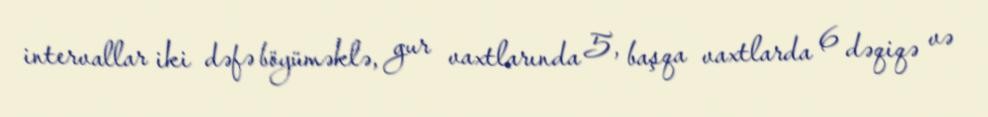
intervallar iki dəfə böyüməklə, gur vaxtlarında 5, başqa vaxtlarda 6 dəqiqə və